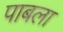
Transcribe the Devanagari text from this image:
पाबला